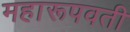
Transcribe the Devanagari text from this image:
महारूपवती